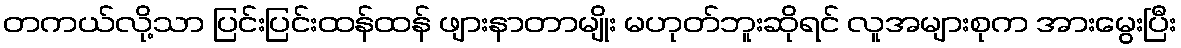
တကယ်လို့သာ ပြင်းပြင်းထန်ထန် ဖျားနာတာမျိုး မဟုတ်ဘူးဆိုရင် လူအများစုက အားမွေးပြီး